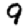
Digit: 9